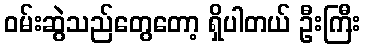
ဝမ်းဆွဲသည်တွေတော့ ရှိပါတယ် ဦးကြီး